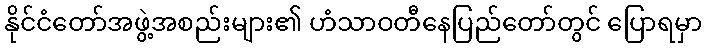
နိုင်ငံတော်အဖွဲ့အစည်းများ၏ ဟံသာဝတီနေပြည်တော်တွင် ပြောရမှာ